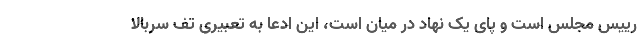
رییس مجلس است و پای یک نهاد در میان است، این ادعا به تعبیری تف سربالا